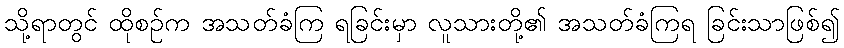
သို့ရာတွင် ထိုစဉ်က အသတ်ခံကြ ရခြင်းမှာ လူသားတို့၏ အသတ်ခံကြရ ခြင်းသာဖြစ်၍